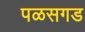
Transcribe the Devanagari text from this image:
पळसगड